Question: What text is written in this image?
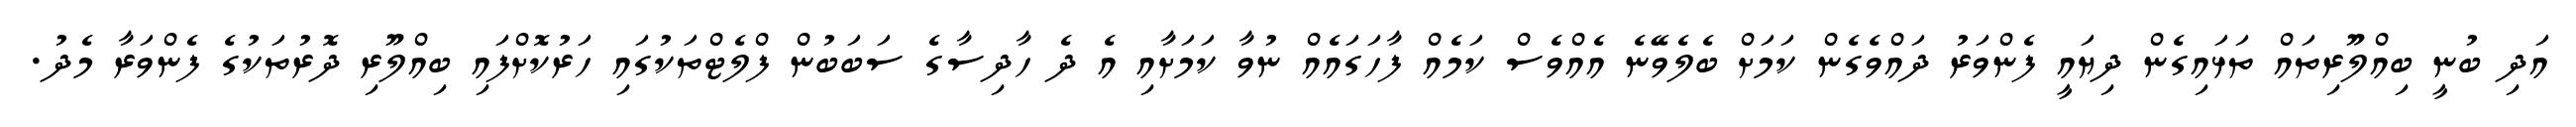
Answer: އަދި ބުނީ ބިއްލޫރިތައް ތަޅައިގެން ދިޔައީ ފެންވަރު ދައްވެގެން ކަމަށް ބެލެވޭނެ އެއްވެސް ކަމެއް ފާހަގައެއް ނުވާ ކަމަށާއި އެ ދެ ހާދިސާގެ ސަބަބުން ފްލެޓްތަކުގައި ހަރުކޮށްފައި ބިއްލޫރި ދޮރުތަކުގެ ފެންވަރާ މެދު.